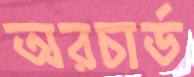
অরচার্ড